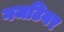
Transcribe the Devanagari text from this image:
गजटियर